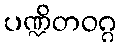
ပဏ္ဍိတဝဂ္ဂ